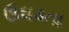
ઉઘડતા